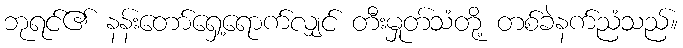
ဘုရင်၏ နန်းတော်ရှေ့ရောက်လျှင် တီးမှုတ်သံတို့ တစ်ခဲနက်ညံသည်။